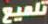
تلميع